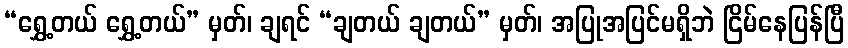
“ရွှေ့တယ် ရွှေ့တယ်” မှတ်၊ ချရင် “ချတယ် ချတယ်” မှတ်၊ အပြုအပြင်မရှိဘဲ ငြိမ်နေပြန်ပြီ